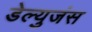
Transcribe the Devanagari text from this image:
डेल्युजंस